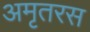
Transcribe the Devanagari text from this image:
अमृतरस